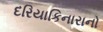
દરિયાકિનારાનો